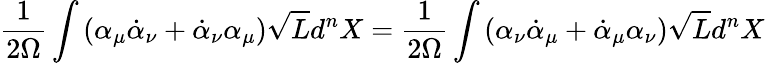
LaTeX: \frac{1}{2\Omega}\int\left(\alpha_{\mu}{\dot{\alpha}}_{\nu}+{\dot{\alpha}}_{\nu}\alpha_{\mu}\right)\sqrt{L}d^{n}X=\frac{1}{2\Omega}\int\left(\alpha_{\nu}{\dot{\alpha}}_{\mu}+{\dot{\alpha}}_{\mu}\alpha_{\nu}\right)\sqrt{L}d^{n}X